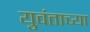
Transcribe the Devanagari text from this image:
युवंताच्या